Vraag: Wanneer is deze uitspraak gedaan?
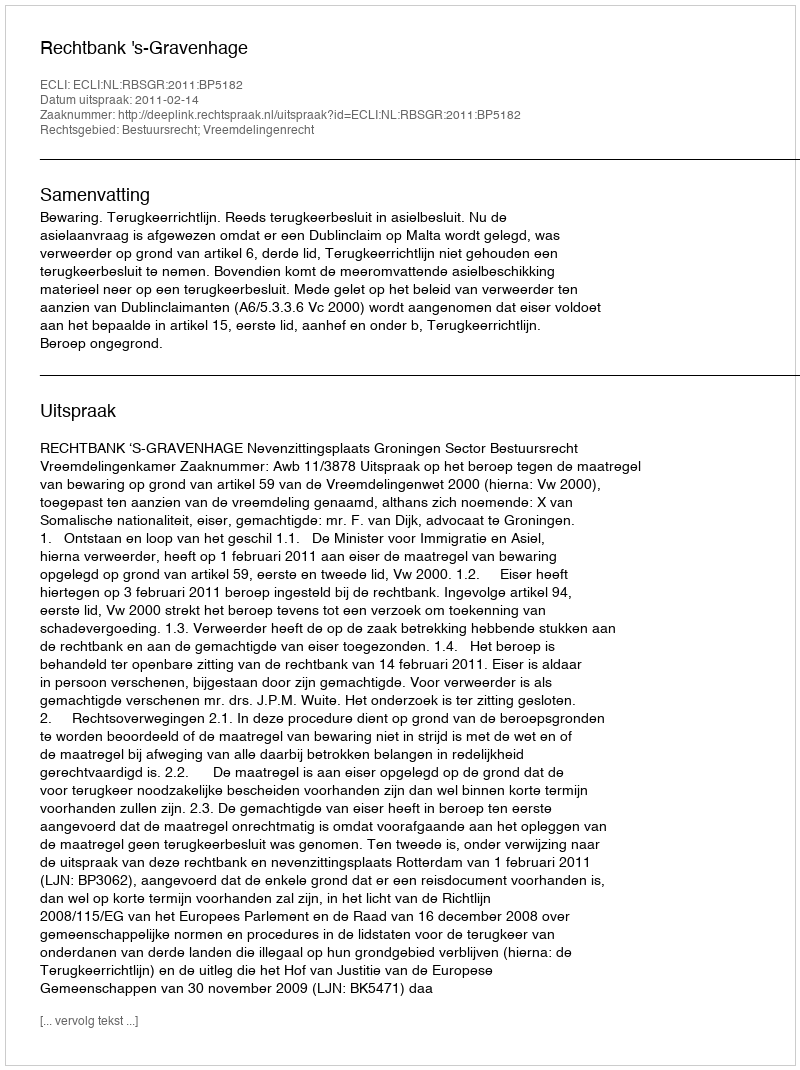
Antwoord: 2011-02-14